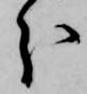
分